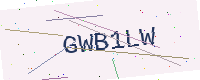
Text: GWB1LW